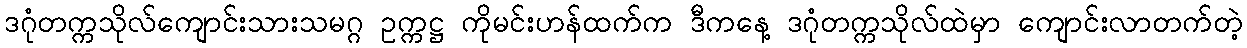
ဒဂုံတက္ကသိုလ်ကျောင်းသားသမဂ္ဂ ဥက္ကဋ္ဌ ကိုမင်းဟန်ထက်က ဒီကနေ့ ဒဂုံတက္ကသိုလ်ထဲမှာ ကျောင်းလာတက်တဲ့